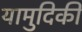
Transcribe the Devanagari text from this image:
यामुदिकी